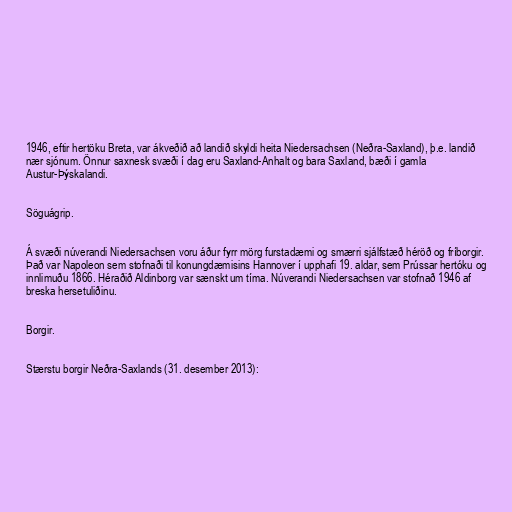
1946, eftir hertöku Breta, var ákveðið að landið skyldi heita Niedersachsen (Neðra-Saxland), þ.e. landið
nær sjónum. Önnur saxnesk svæði í dag eru Saxland-Anhalt og bara Saxland, bæði í gamla
Austur-Þýskalandi.

Söguágrip.

Á svæði núverandi Niedersachsen voru áður fyrr mörg furstadæmi og smærri sjálfstæð héröð og fríborgir.
Það var Napoleon sem stofnaði til konungdæmisins Hannover í upphafi 19. aldar, sem Prússar hertóku og
innlimuðu 1866. Héraðið Aldinborg var sænskt um tíma. Núverandi Niedersachsen var stofnað 1946 af
breska hersetuliðinu.

Borgir.

Stærstu borgir Neðra-Saxlands (31. desember 2013):